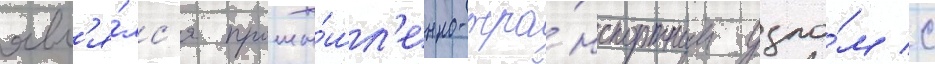
явл'я́лс'я промы́шл'енно-тра́нспортным узло́м с